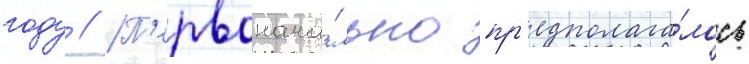
году // П'ервонача́льно пр'едполага́лось